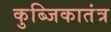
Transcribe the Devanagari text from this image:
कुब्जिकातंत्र